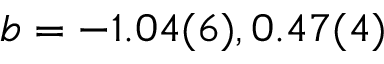
b = - 1 . 0 4 ( 6 ) , 0 . 4 7 ( 4 )